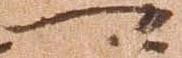
可